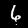
Label: 6